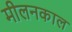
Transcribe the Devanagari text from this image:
मीलनकाल